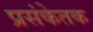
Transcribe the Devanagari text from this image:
प्रसंकेतक